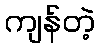
ကျန်တဲ့